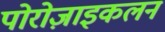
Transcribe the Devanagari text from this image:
पोरोज़ाइकलन